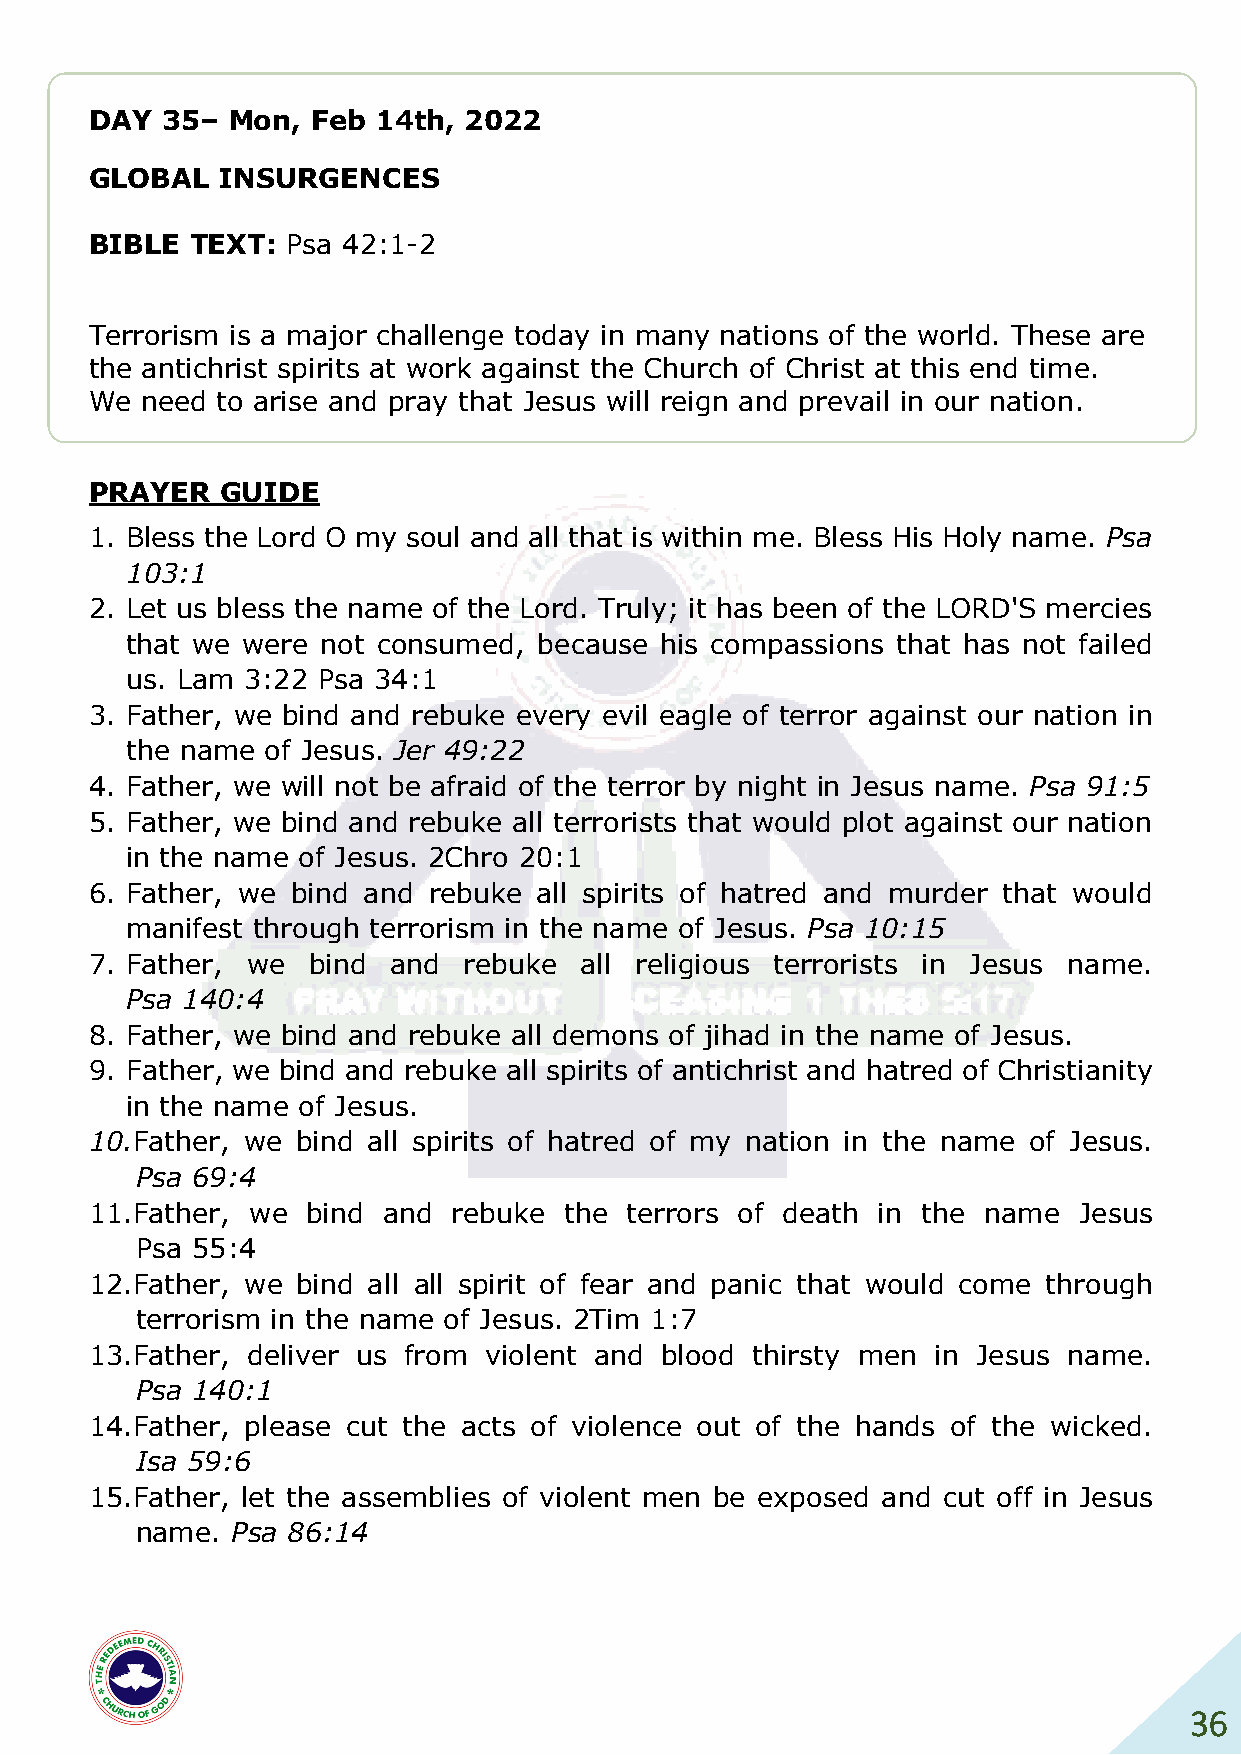
DAY  35– Mon,  Feb 14th, 2022
 GLOBAL   INSURGENCES
 BIBLE  TEXT: Psa 42:1-2
 Terrorism is a major challenge today in many nations of the world. These are
 the antichrist spirits at work against the Church of Christ at this end time.
 We need to arise and pray that Jesus will reign and prevail in our nation.
 PRAYER   GUIDE
 1. Bless the Lord O my soul and all that is within me. Bless His Holy name. Psa
 103:1
 2. Let us bless the name of the Lord. Truly; it has been of the LORD'S mercies
 that we were not consumed,  because his compassions that has not failed
 us. Lam 3:22 Psa 34:1
 3. Father, we bind and rebuke every evil eagle of terror against our nation in
 the name  of Jesus. Jer 49:22
 4. Father, we will not be afraid of the terror by night in Jesus name. Psa 91:5
 5. Father, we bind and rebuke all terrorists that would plot against our nation
 in the name of Jesus. 2Chro 20:1
 6. Father, we bind and rebuke all spirits of hatred and murder that would
 manifest through terrorism in the name of Jesus. Psa 10:15
 7. Father, we bind  and  rebuke all religious terrorists in Jesus name.
 Psa 140:4
 8. Father, we bind and rebuke all demons of jihad in the name of Jesus.
 9. Father, we bind and rebuke all spirits of antichrist and hatred of Christianity
 in the name of Jesus.
 10. Father, we bind all spirits of hatred of my nation in the name of Jesus.
 Psa 69:4
 11. Father, we bind and rebuke the  terrors of death in the name Jesus
 Psa 55:4
 12. Father, we bind all all spirit of fear and panic that would come through
 terrorism in the name of Jesus. 2Tim 1:7
 13. Father, deliver us from violent and blood thirsty men in Jesus name.
 Psa 140:1
 14. Father, please cut the acts of violence out of the hands of the wicked.
 Isa 59:6
 15. Father, let the assemblies of violent men be exposed and cut off in Jesus
 name. Psa 86:14
 36